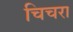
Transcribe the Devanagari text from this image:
चिचरा